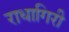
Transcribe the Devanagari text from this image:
राधागिरी